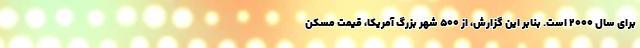
برای سال ۲۰۰۰ است. بنابر این گزارش، از ۵۰۰ شهر بزرگ آمریکا، قیمت مسکن